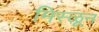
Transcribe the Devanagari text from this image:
मिस्ळून